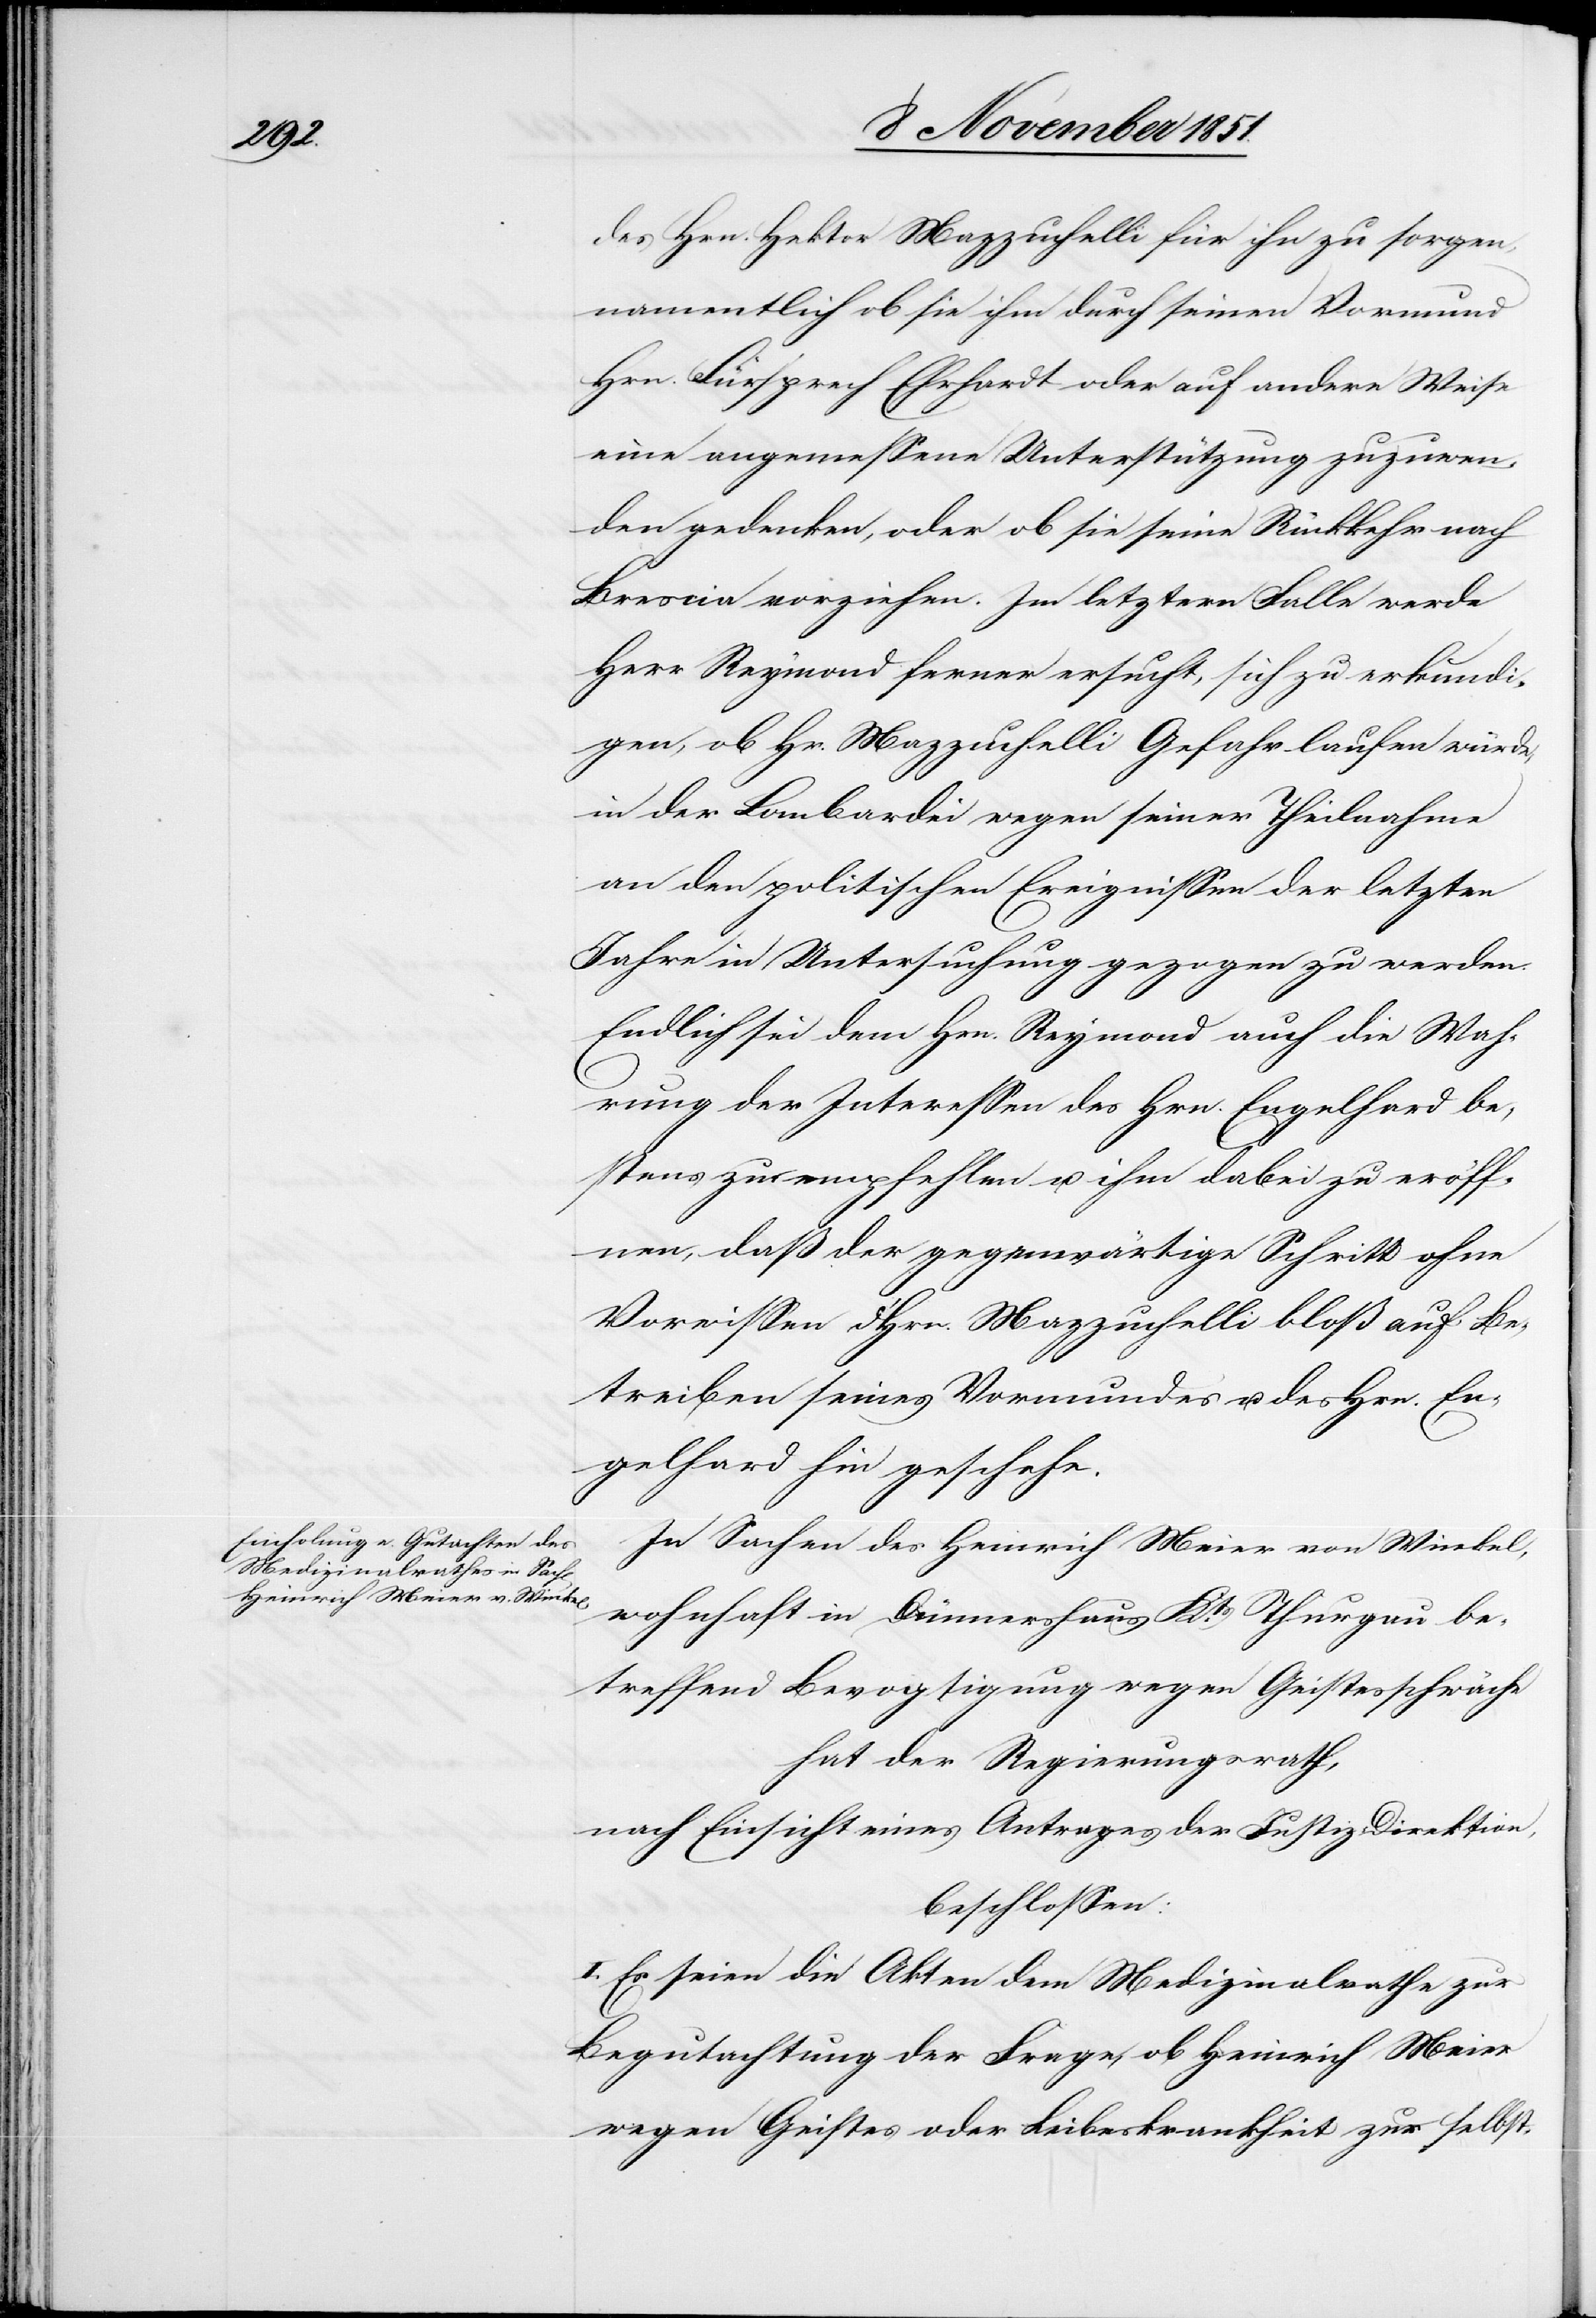
des Hrn. Hektor Mazzuchelli für ihn zu sorgen,
namentlich ob sie ihm durch seinen Vormund
Hrn. Fürsprech Ehrhardt oder auf andere Weise
eine angemessene Unterstützung zuzuwen¬
den gedenken, oder ob sie seine Rückkehr nach
Brescia vorziehen. Im letztern Falle werde
Herr Reymond ferner ersucht, sich zu erkundi¬
gen, ob Hr. Mazzuchelli Gefahr laufen würde,
in der Lombardei wegen seiner Theilnahme
an den politischen Ereignissen der letzten
Jahre in Untersuchung gezogen zu werden.
Endlich sei dem Hrn. Reymond auch die Wah¬
rung der Interessen des Hrn. Engelhard be¬
stens zu empfehlen u. ihm dabei zu eröff¬
nen, daß der gegenwärtige Schritt ohne
Vorwissen d. Hrn. Mazzuchelli bloß auf Be¬
treiben seines Vormundes u. des Hrn. En¬
gelhard hin geschehe.
In Sachen des Heinrich Meier von Winkel,
wohnhaft in Dünnershaus Kts. Thurgau be¬
treffend Bevogtigung wegen Geistesschwäche
hat der Regierungsrath,
nach Einsicht eines Antrages der Justiz-Direktion,
beschlossen:
I. Es seien die Akten dem Medizinalrathe zur
Begutachtung der Frage, ob Heinrich Meier
wegen Geistes[-] oder Leibeskrankheit zur selbst-